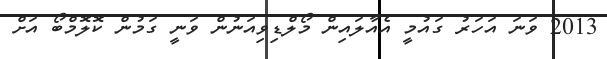
2013 ވަނަ އަހަރު ގައުމީ އެއާލައިން މޯލްޑިވިއަނުން ވަނީ ގަމުން ކޮލޮމްބޯ އަށް